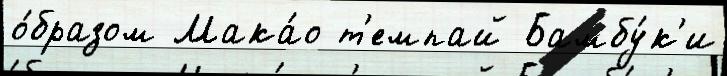
о́бразом Мака́о т'емпай Бамбу́к'и